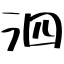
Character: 泗